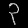
Digit: ၃